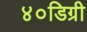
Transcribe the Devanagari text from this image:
४०डिग्री